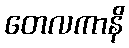
တေလကာနိ